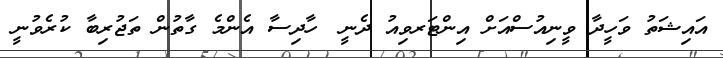
އައިޝަތު ވަހީދާ ވީނިއުސްއަށް އިންޓަރވިއު ދެނީ_ ހާދިސާ އެންމެ ގާތުން ތަޖުރިބާ ކުރެވުނީ